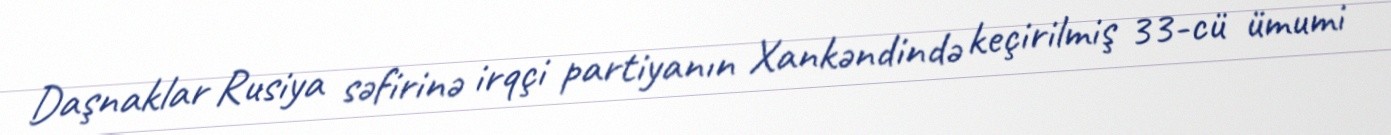
Daşnaklar Rusiya səfirinə irqçi partiyanın Xankəndində keçirilmiş 33-cü ümumi